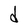
Character: d